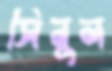
সিনুল